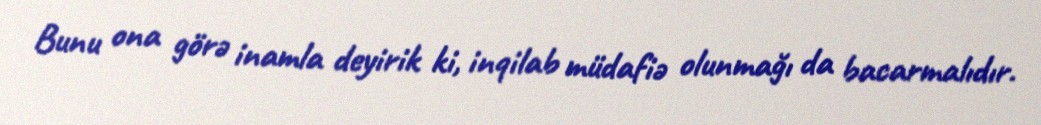
Bunu ona görə inamla deyirik ki, inqilab müdafiə olunmağı da bacarmalıdır.